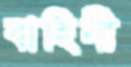
বাহিনী